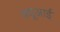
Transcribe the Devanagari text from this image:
क्यूआई